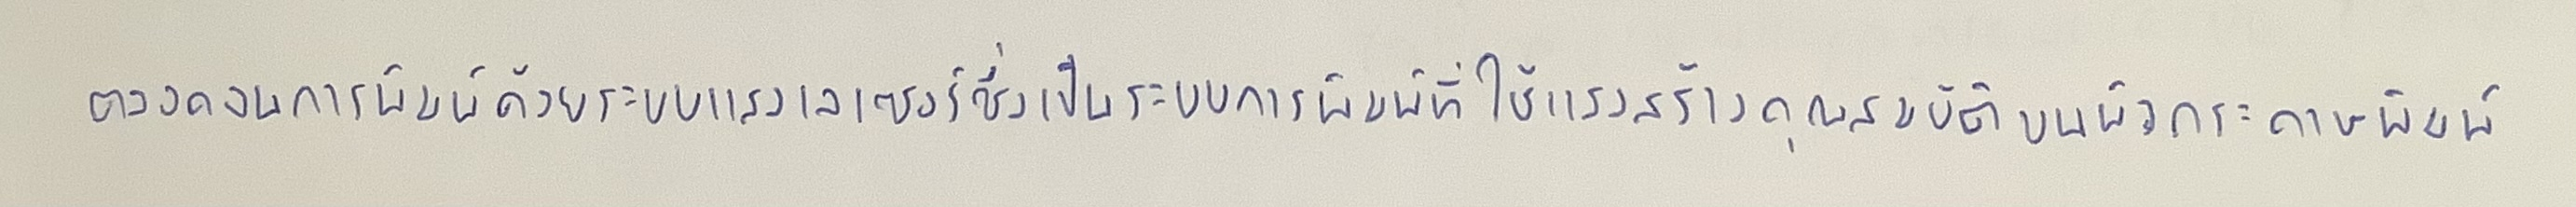
ตลอดจนการพิมพ์ด้วยระบบแสงเลเซอร์ซึ่งเป็นระบบการพิมพ์ที่ใช้แสงสร้างคุณสมบัติบนผิวกระดาษพิมพ์